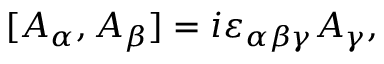
[ A _ { \alpha } , A _ { \beta } ] = i \varepsilon _ { \alpha \beta \gamma } A _ { \gamma } ,